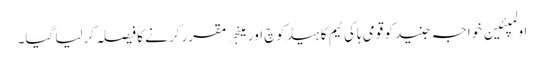
اولمپئین خواجہ جنید کو قومی ہاکی ٹیم کا ہیڈکوچ اور مینجر مقرر کرنے کا فیصلہ کرلیا گیا۔